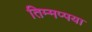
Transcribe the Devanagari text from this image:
तिम्मप्पया